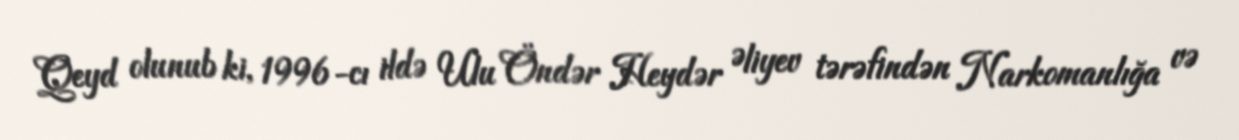
Qeyd olunub ki, 1996-cı ildə Ulu Öndər Heydər Əliyev tərəfindən Narkomanlığa və